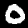
Label: 0